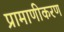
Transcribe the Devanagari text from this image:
प्रामाणीकरण